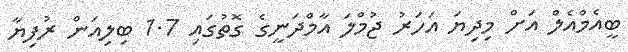
ބީއެމްއެލް އަށް މިދިޔަ އަހަރު ޖުމްލަ އާމްދަނީގެ ގޮތުގައި 1.7 ބިލިއަން ރުފިޔާ